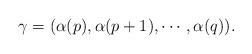
LaTeX: \begin{align*}\gamma=(\alpha(p), \alpha(p+1), \cdots, \alpha(q)). \end{align*}